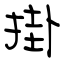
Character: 掛